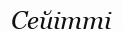
Сейітті